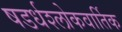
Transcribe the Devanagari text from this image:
षडर्धश्लोकवार्तिक